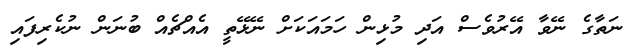
ނަތާގެ ނޭވާ އޭރުވެސް އަދި މުޅިން ހަމައަކަށް ނޭޅޭތީ އެއްޗެއް ބުނަން ނުކެރިފައި